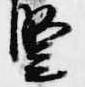
豎